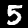
Digit: 5